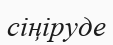
сіңіруде